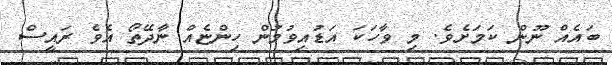
ބައެއް ނޫން ކަމަށެވެ. މި ވާހަކަ އަޑުއިވުމުން ހިންޏެއް ނާދޭތޯ އެވެ ރައީސް